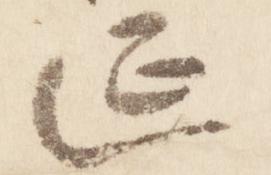
延